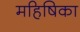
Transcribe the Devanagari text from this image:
महिषिका